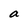
Character: a